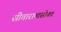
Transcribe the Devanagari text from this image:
सीतारामासोबत